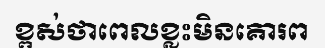
ខ្ពស់ថាពេលខ្លះមិនគោរព